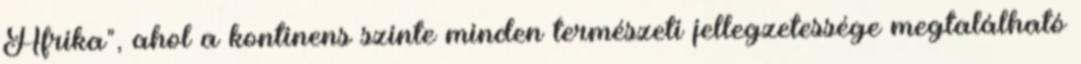
Afrika", ahol a kontinens szinte minden természeti jellegzetessége megtalálható